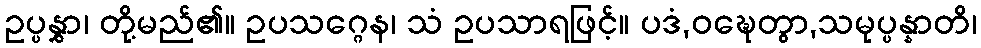
ဥပ္ပနွှာ၊ တို့မည်၏။ ဥပသဂ္ဂေန၊ သံ ဥပသာရဖြင့်။ ပဒံ,ဝဍ္ဎေတွာ,သမုပ္ပန္နာတိ၊